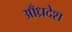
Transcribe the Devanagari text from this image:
आँध्रदेश